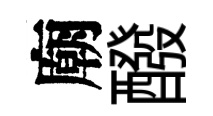
廟醱